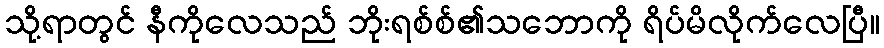
သို့ရာတွင် နီကိုလေသည် ဘိုးရစ်စ်၏သဘောကို ရိပ်မိလိုက်လေပြီ။